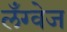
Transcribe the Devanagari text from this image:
लॅंग्वेज